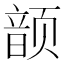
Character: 𮸷